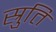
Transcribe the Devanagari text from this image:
स्रुतिं